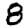
Digit: 8